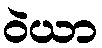
ဝဲယာ